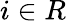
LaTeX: i\in R